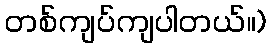
တစ်ကျပ်ကျပါတယ်။)